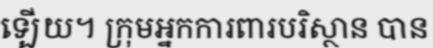
ឡើយ។ ក្រុមអ្នកការពារបរិស្ថាន បាន